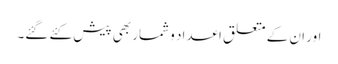
اور ان کے متعلق اعداد و شمار بھی پیش کئے گئے۔